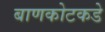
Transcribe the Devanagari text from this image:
बाणकोटकडे